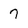
Character: 7